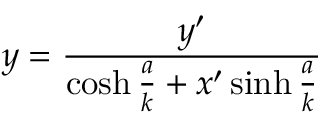
y = { \frac { y ^ { \prime } } { \cosh { \frac { a } { k } } + x ^ { \prime } \sinh { \frac { a } { k } } } }